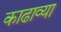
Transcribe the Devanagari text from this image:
काढाव्या